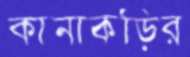
কানাকড়ির